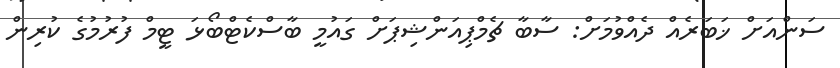
ސަންއަށް ޚަބަރެއް ދެއްވުމަށް: ސާބާ ޗެމްޕިއަންޝިޕަށް ގައުމީ ބާސްކެޓްބޯޅަ ޓީމް ފުރުމުގެ ކުރިން